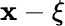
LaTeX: \mathbf{x}-\xi